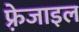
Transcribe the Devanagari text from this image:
फ़्रेजाइल